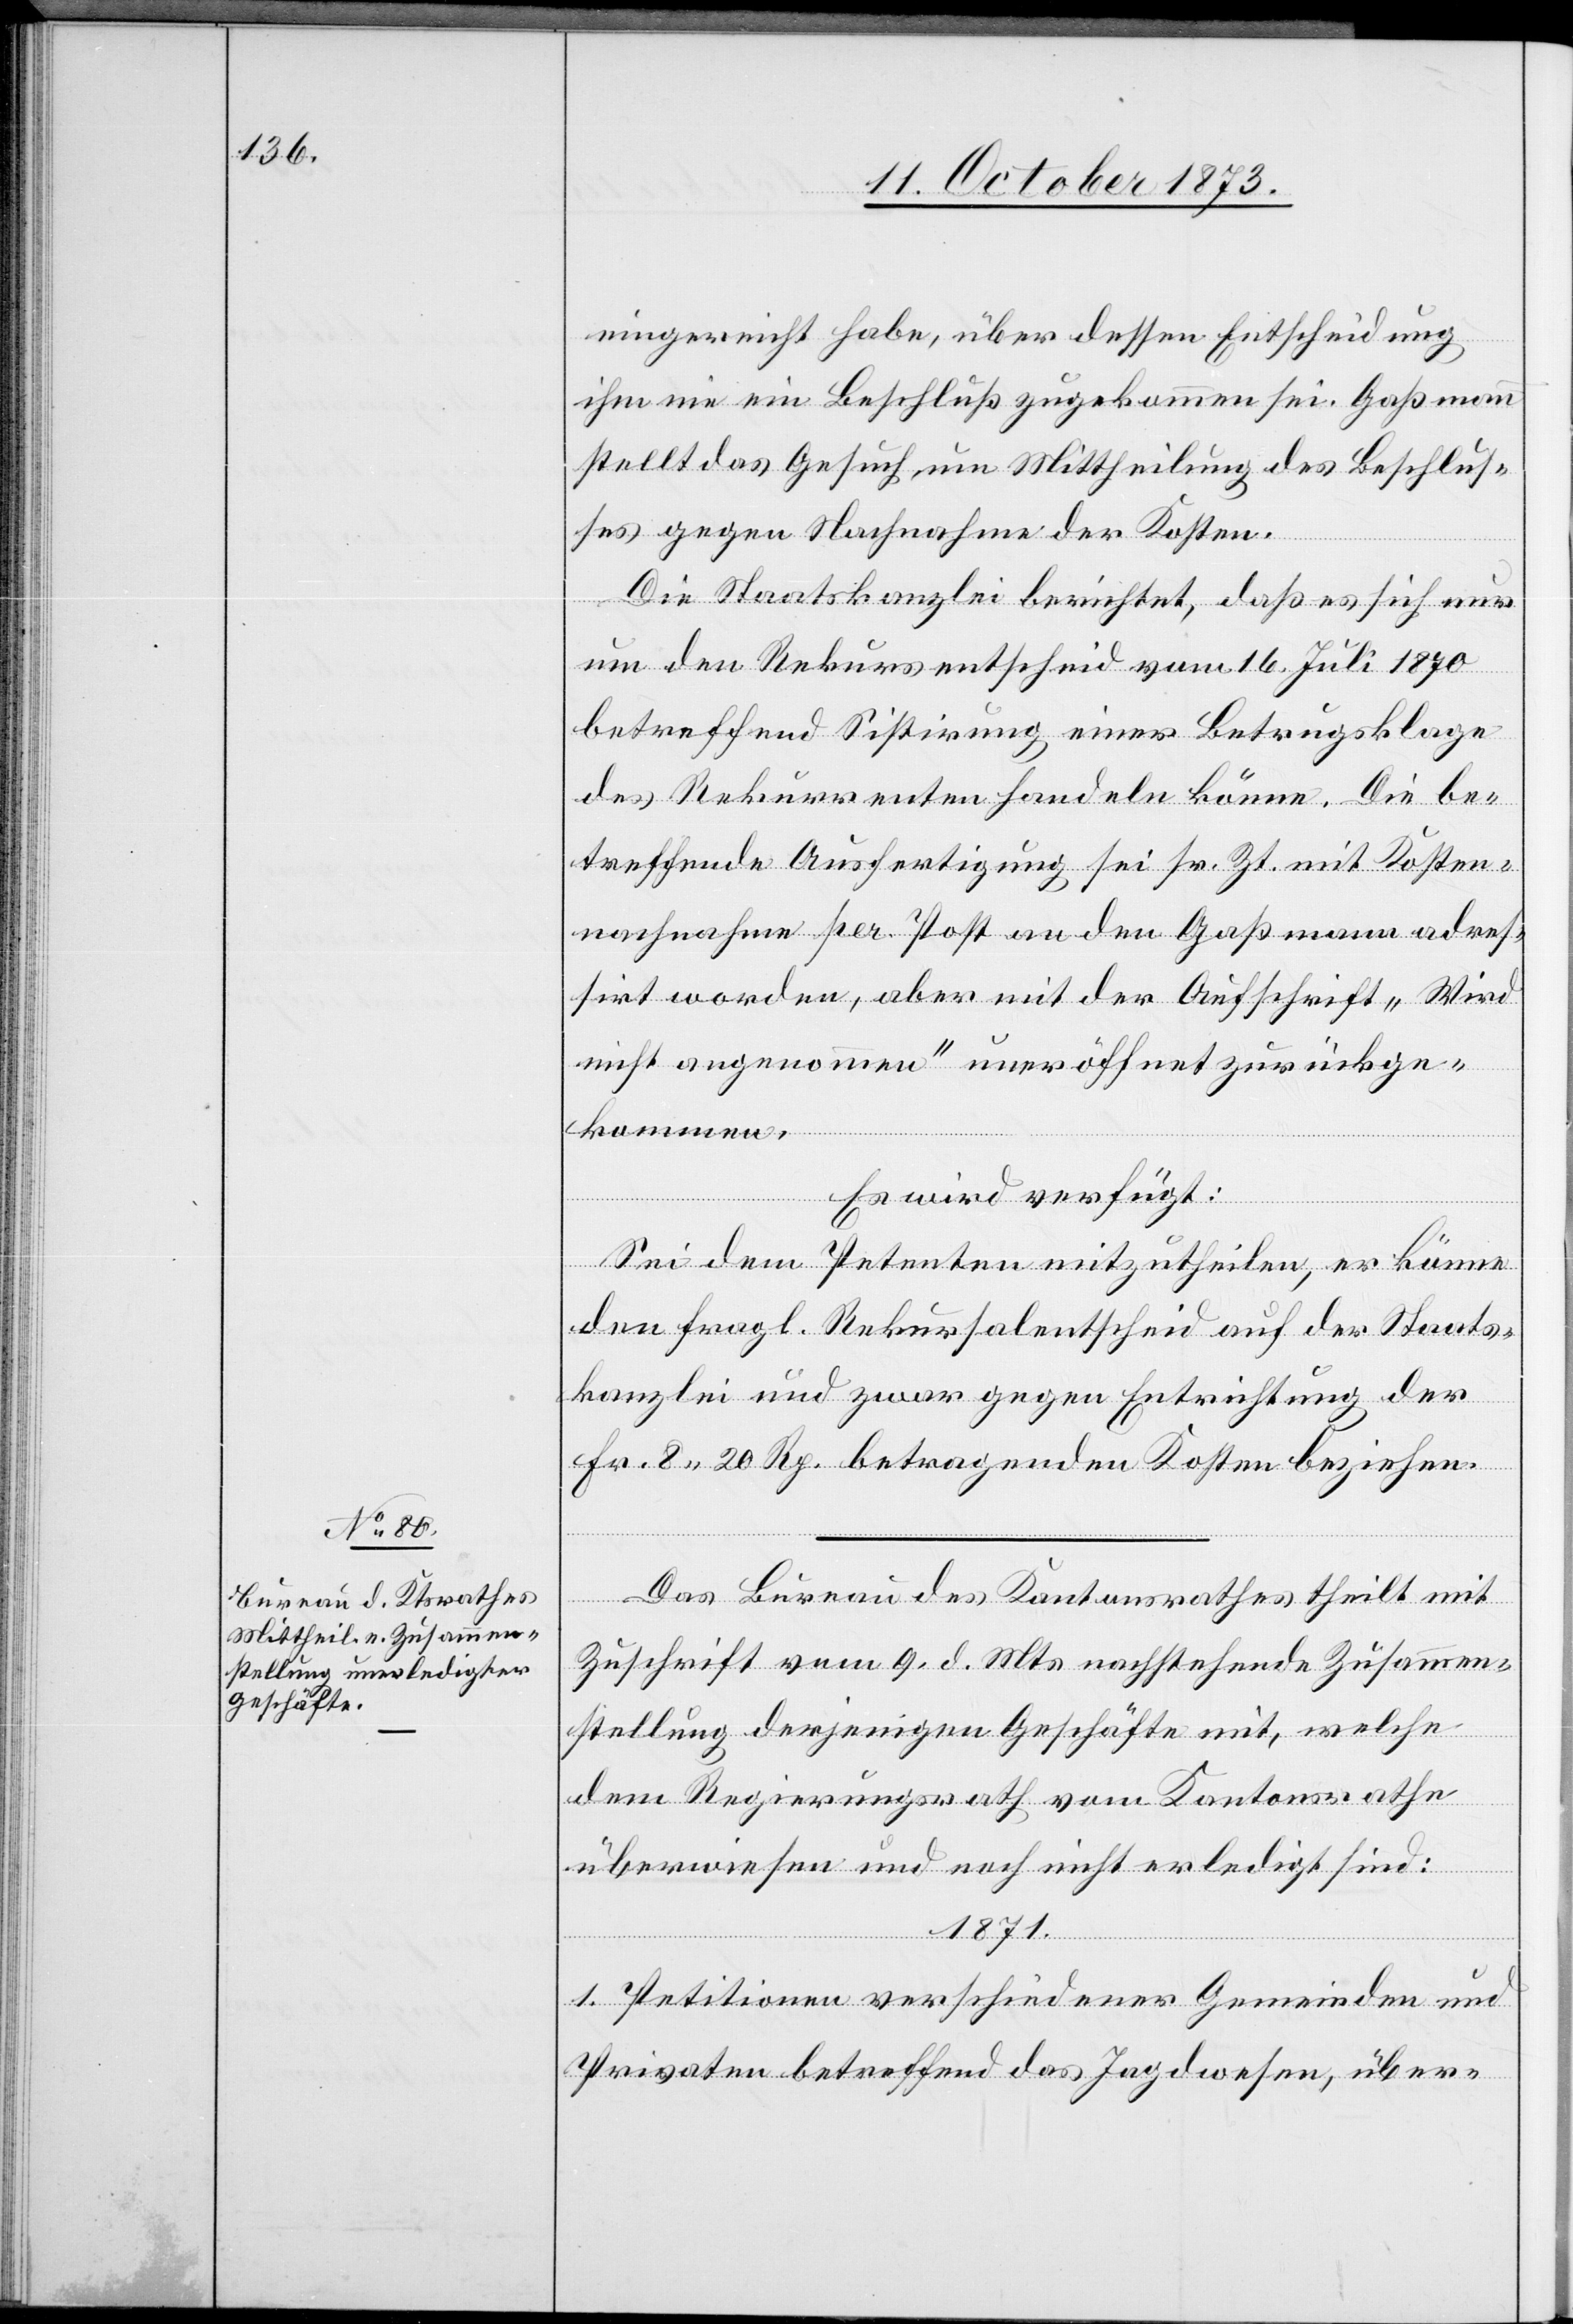
13. October 1873.]
eingereicht habe, über dessen Entscheidung
ihm nie ein Beschluß zugekommen sei. Gaßmann
stellt das Gesuch um Mittheilung des Beschlus¬
ses gegen Nachnahme der Kosten.
Die Staatskanzlei berichtet, daß es sich nur
um den Rekursentscheid vom 16. Juli 1870
betreffend Sistirung einer Betrugsklage
des Rekurrenten handeln könne. Die be¬
treffende Ausfertigung sei sr. Zt. mit Kosten¬
nachnahme per Post an den Gaßmann adres¬
sirt worden, aber mit der Aufschrift „Wird
nicht angenommen“ uneröffnet zurückge¬
kommen.
Es wird verfügt:
Sei dem Petenten mitzutheilen, er könne
den fragl. Rekursalentscheid auf der Staats¬
kanzlei und zwar gegen Entrichtung der
Fr. 8 20 Rp. betragenden Kosten beziehen.
Das Bureau des Kantonsrathes theilt mit
Zuschrift vom 9. d. Mts. nachstehende Zusammen¬
stellung derjenigen Geschäfte mit, welche
dem Regierungsrath vom Kantonsrathe
überwiesen und noch nicht erledigt sind:
1871.
1. Petitionen verschiedener Gemeinden und
Privaten betreffend das Jagdwesen, über-